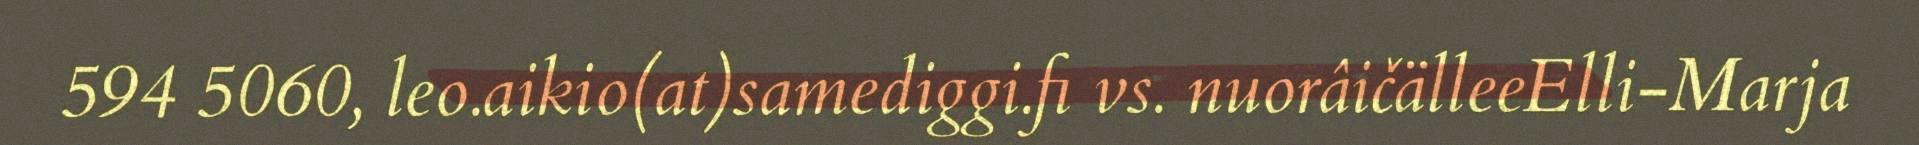
594 5060, leo.aikio(at)samediggi.fi vs. nuorâičälleeElli-Marja